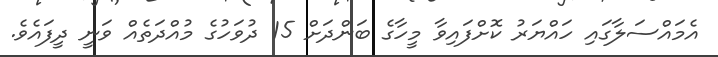
އެމައްސަލާގައި ހައްޔަރު ކޮށްފައިވާ މީހާގެ ބަންދަށް 15 ދުވަހުގެ މުއްދަތެއް ވަނީ ދީފައެވެ.